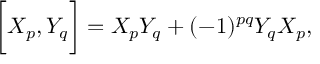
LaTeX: \biggl [ X _ { p } , Y _ { q } \biggr ] = X _ { p } Y _ { q } + ( - 1 ) ^ { p q } Y _ { q } X _ { p } ,